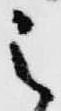
之